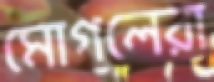
মোগলেরা